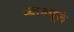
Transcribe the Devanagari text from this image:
ध्यानमूलं